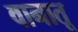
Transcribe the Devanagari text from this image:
वानातू